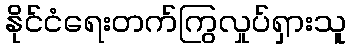
နိုင်ငံရေးတက်ကြွလှုပ်ရှားသူ